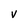
Character: v